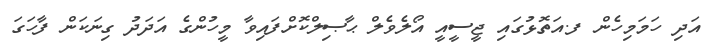
އަދި ހަމަމިހެން ފ.އަތޮޅުގައި ޖީސީއީ އޯލެވެލް ޙާޞިލްކޮށްފައިވާ މީހުންގެ އަދަދު ގިނަކަން ފާހަގަ